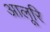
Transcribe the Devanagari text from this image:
आलूरि